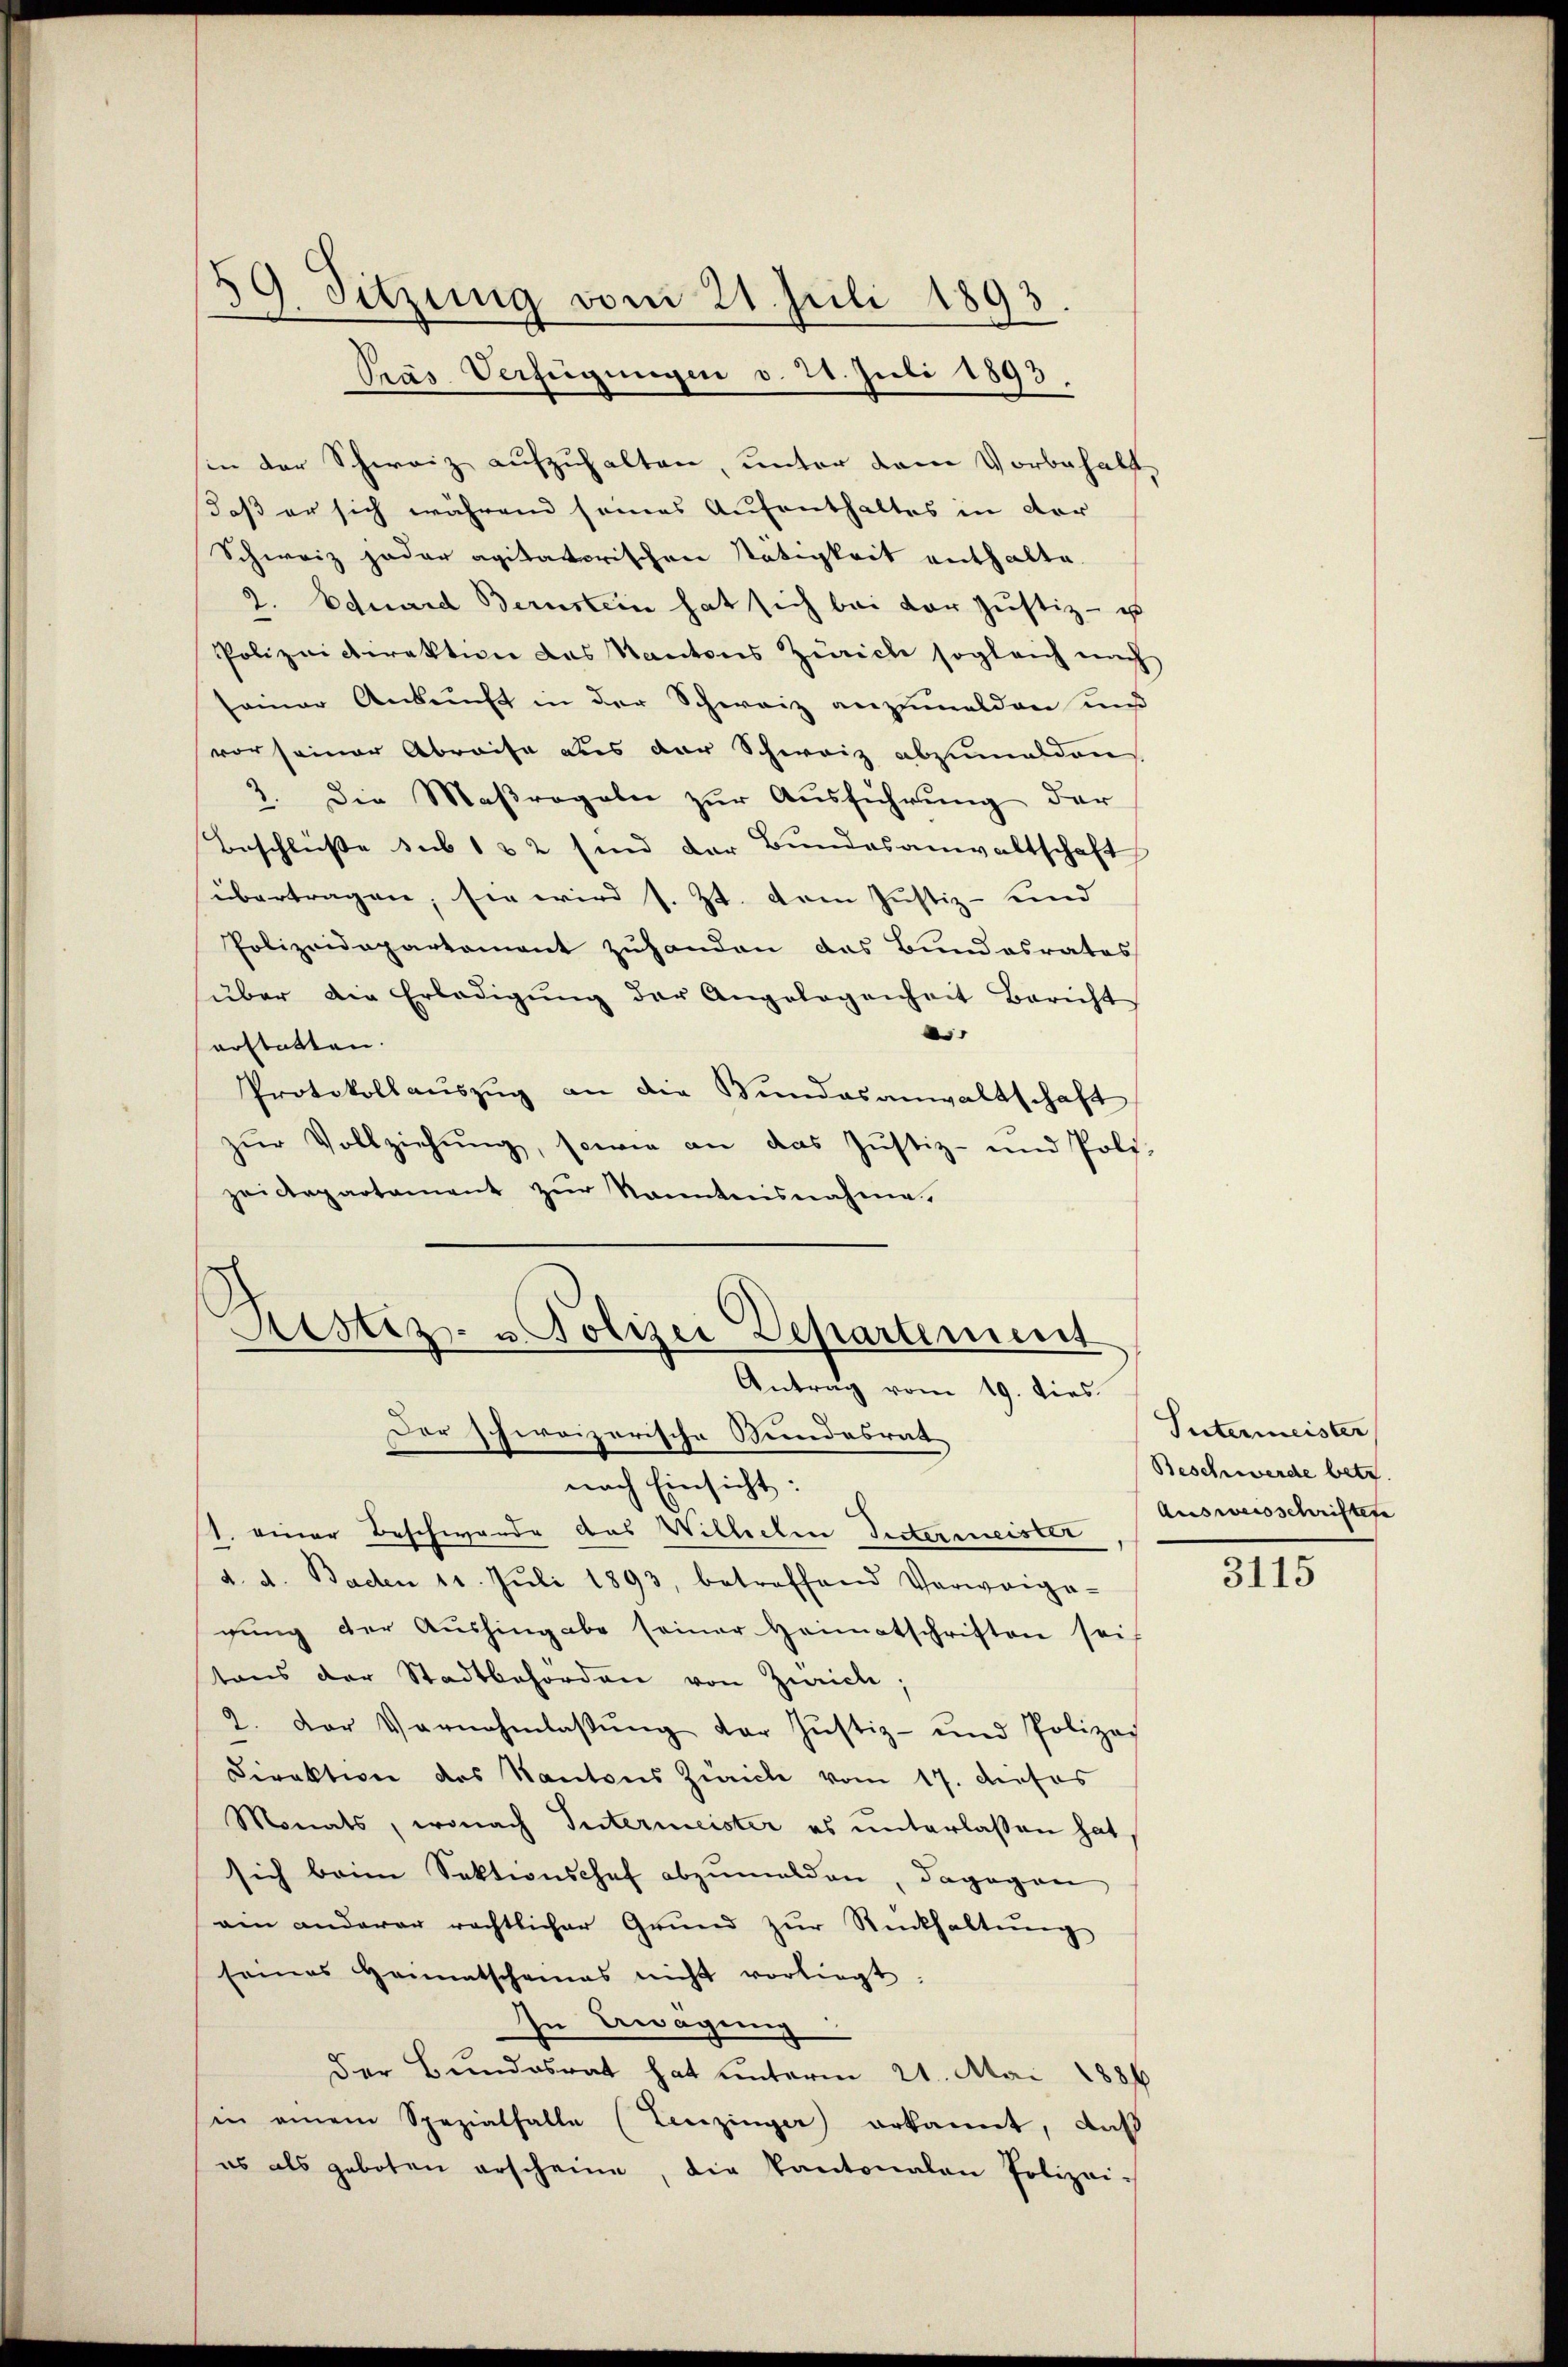
39. Sitzung vom 21. Juli 1893.
Pras Verfügungen v. 21. Juli 1893.

in der Schweiz aufzuhalten, unter dem Vorbehalt
daß er sich während seines Aufenthaltes in der
Schweiz jeder agitatorischen Tätigkeit enthalte.
2. Eduard Bernstein hat sich bei der Justiz- u
Polizeidirektion des Kantons Zürich sogleich nach
seiner Ankunft in der Schweiz anzumelden und
vor seiner Abreise aus der Schweiz abzumalden
2. Die Maßregeln zŭr Aŭsführŭng der
Beschlüsse sub 1 & 2 sind der Bundesanwaltschaft
übertragen, sie wird s. Zt. dem Justiz- und
Polizeidepartament zŭhanden das Bundesrates
über die Erledigŭng der Angelegenheit Bericht
d
erstatten.
Protokollaŭszŭg an die Bundesanwaltschaft
zŭr Vollziehŭng, sowie an das Justiz- und Poli-
zeidepartament zur Kenntnisnahme.

Restiz- u Polizei Departement
Antrag vom 19. dies
Der schweizerische Bundesrat

nach Einsicht:
1. einer Beschwerde das Willerlen Sittermeister
d. d. Baden 11. Jŭli 1893, betreffend Verweige-
gung der Aushingabe seiner Heimatschriften sei
tons der Stadtbehörden von Zürich;
2. Der Vornahmlassŭng der Justiz- und Polizei
Direktion des Kantons Zürich vom 17. defas
Monats, wonach Intermeister es unterlassen hat
sich beim Sektionschaf abzumalden, dagegen
am anderer rechtlicher Grŭnd zŭr Rückhaltŭng
seines Heimatscheines nicht vorliegt:
In Beragung
Der Bundesrat hat unterm 21. Mai 1886
in einem Spezialfalle (Leuzinger erkannt, daß
es als geboten erscheine, die Kantonalen Polizei¬

Intermeister
Beschwerde betr.
Ausweisschriftete

3115